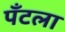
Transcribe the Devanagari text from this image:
पँटला